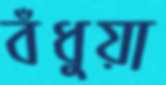
বঁধুয়া